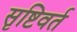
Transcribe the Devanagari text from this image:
सृष्टिवर्त